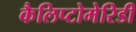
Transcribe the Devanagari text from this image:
कैलिप्टोमेरिडी